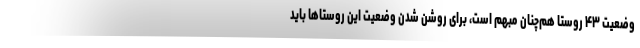
وضعیت ۴۳ روستا هم‌چنان مبهم است، برای روشن شدن وضعیت این روستاها باید